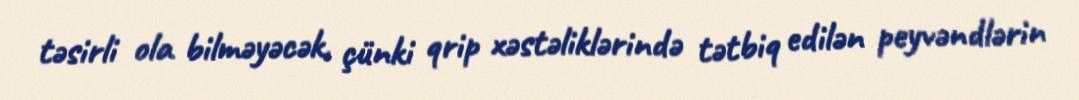
təsirli ola bilməyəcək, çünki qrip xəstəliklərində tətbiq edilən peyvəndlərin